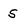
Character: 5